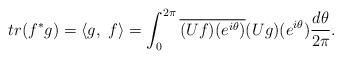
LaTeX: \begin{align*}tr(f^*g)=\langle g,\ f\rangle=\int_0^{2\pi}\overline{(Uf)(e^{i\theta})}(Ug)(e^{i\theta})\frac{d\theta}{2\pi}.\end{align*}